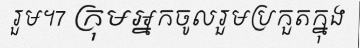
រួម។7 ក្រុមអ្នកចូលរួមប្រកួតក្នុង